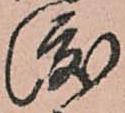
渡